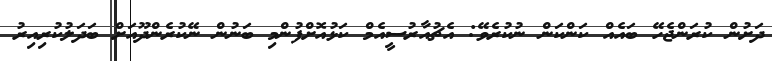
ދަށުން ކުރަންޖެހޭ ބައެއް ކަންކަން ނުކުރެވޭ: އެޗުއާރުސީއެމް ކަޅުއޮށްފުންމި ބަނުން ނޭކުރެންދޫއަށް ބަދަލުކުރިއިރު